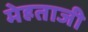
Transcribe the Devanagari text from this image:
मेहताजी